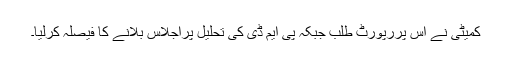
کمیٹی نے اس پررپورٹ طلب جبکہ پی ایم ڈی کی تحلیل پراجلاس بلانے کا فیصلہ کرلیا۔